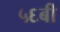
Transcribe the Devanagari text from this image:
५६बी